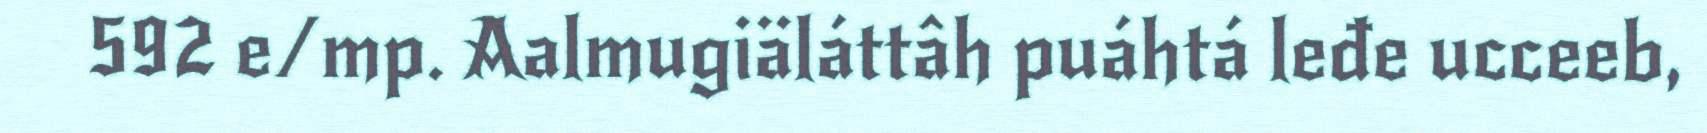
592 e/mp. Aalmugiäláttâh puáhtá leđe ucceeb,